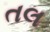
તલ